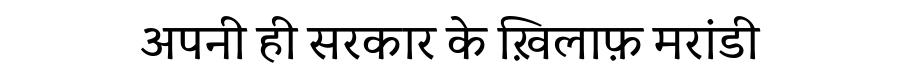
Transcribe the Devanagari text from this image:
अपनी ही सरकार के ख़िलाफ़ मरांडी